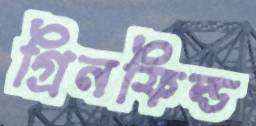
গ্রিনফিল্ড